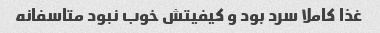
غذا کاملا سرد بود و کیفیتش خوب نبود متاسفانه